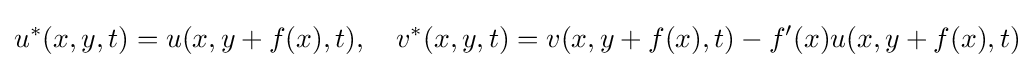
u^{*}(x,y,t)=u(x,y+f(x),t),\quad v^{*}(x,y,t)=v(x,y+f(x),t)-f'(x)u(x,y+f(x),t)